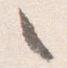
之